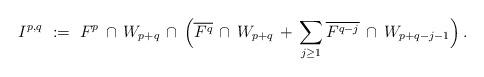
LaTeX: \begin{align*} I^{p,q} \ := \ F^p \,\cap\, W_{p+q} \, \cap \, \Big( \overline{F^q} \,\cap\,W_{p+q} \,+\, \sum_{j\ge1} \overline{F^{q-j}} \,\cap\, W_{p+q-j-1} \Big) \,.\end{align*}